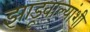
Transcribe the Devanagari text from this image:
झाडूवाल्यांशी